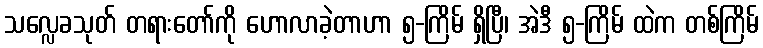
သလ္လေခသုတ် တရားတော်ကို ဟောလာခဲ့တာဟာ ၅-ကြိမ် ရှိပြီ၊ အဲဒီ ၅-ကြိမ် ထဲက တစ်ကြိမ်